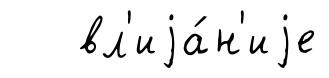
вл'иjа́н'иjе